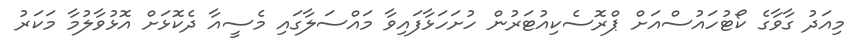
މިއަދު ގާވާގެ ކޯޓުހައުސްއަށް ޕްރޮސެކިއުޓަރުން ހުށަހަޅާފައިވާ މައްސަލާގައި މެސީއާ ދެކޮޅަށް އޮޅުވާލުމާ މަކަރު